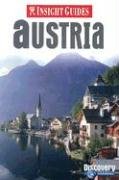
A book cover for Insight Guides Austria (Insight Guide Austria); Travel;